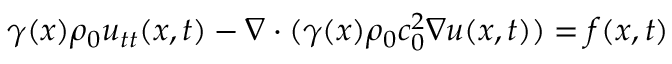
\begin{array} { r } { \gamma ( \boldsymbol { x } ) \rho _ { 0 } u _ { t t } ( \boldsymbol { x } , t ) - \nabla \cdot ( \gamma ( \boldsymbol { x } ) \rho _ { 0 } c _ { 0 } ^ { 2 } \nabla u ( \boldsymbol { x } , t ) ) = f ( \boldsymbol { x } , t ) } \end{array}